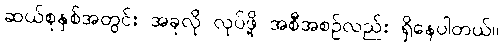
ဆယ်စုနှစ်အတွင်း အခုလို လုပ်ဖို့ အစီအစဉ်လည်း ရှိနေပါတယ်။